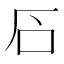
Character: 䂖